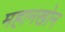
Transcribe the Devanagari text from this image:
महानखोन